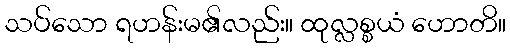
သပ်သော ရဟန်းမ၏လည်း။ ထုလ္လစ္စယံ ဟောတိ။